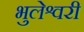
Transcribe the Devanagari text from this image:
भुलेश्वरी